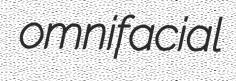
omnifacial